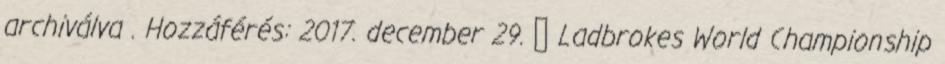
archiválva . Hozzáférés: 2017. december 29. ↑ Ladbrokes World Championship